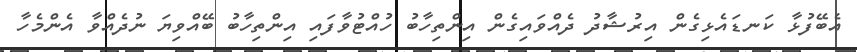
އެބޭފުޅާ ކަނޑައެޅިގެން އިރުޝާދު ދެއްވައިގެން އިންތިހާބު ހުއްޓުވާފައި އިންތިހާބު ބޭއްވިޔަ ނުދެއްވާ އެންމެހާ